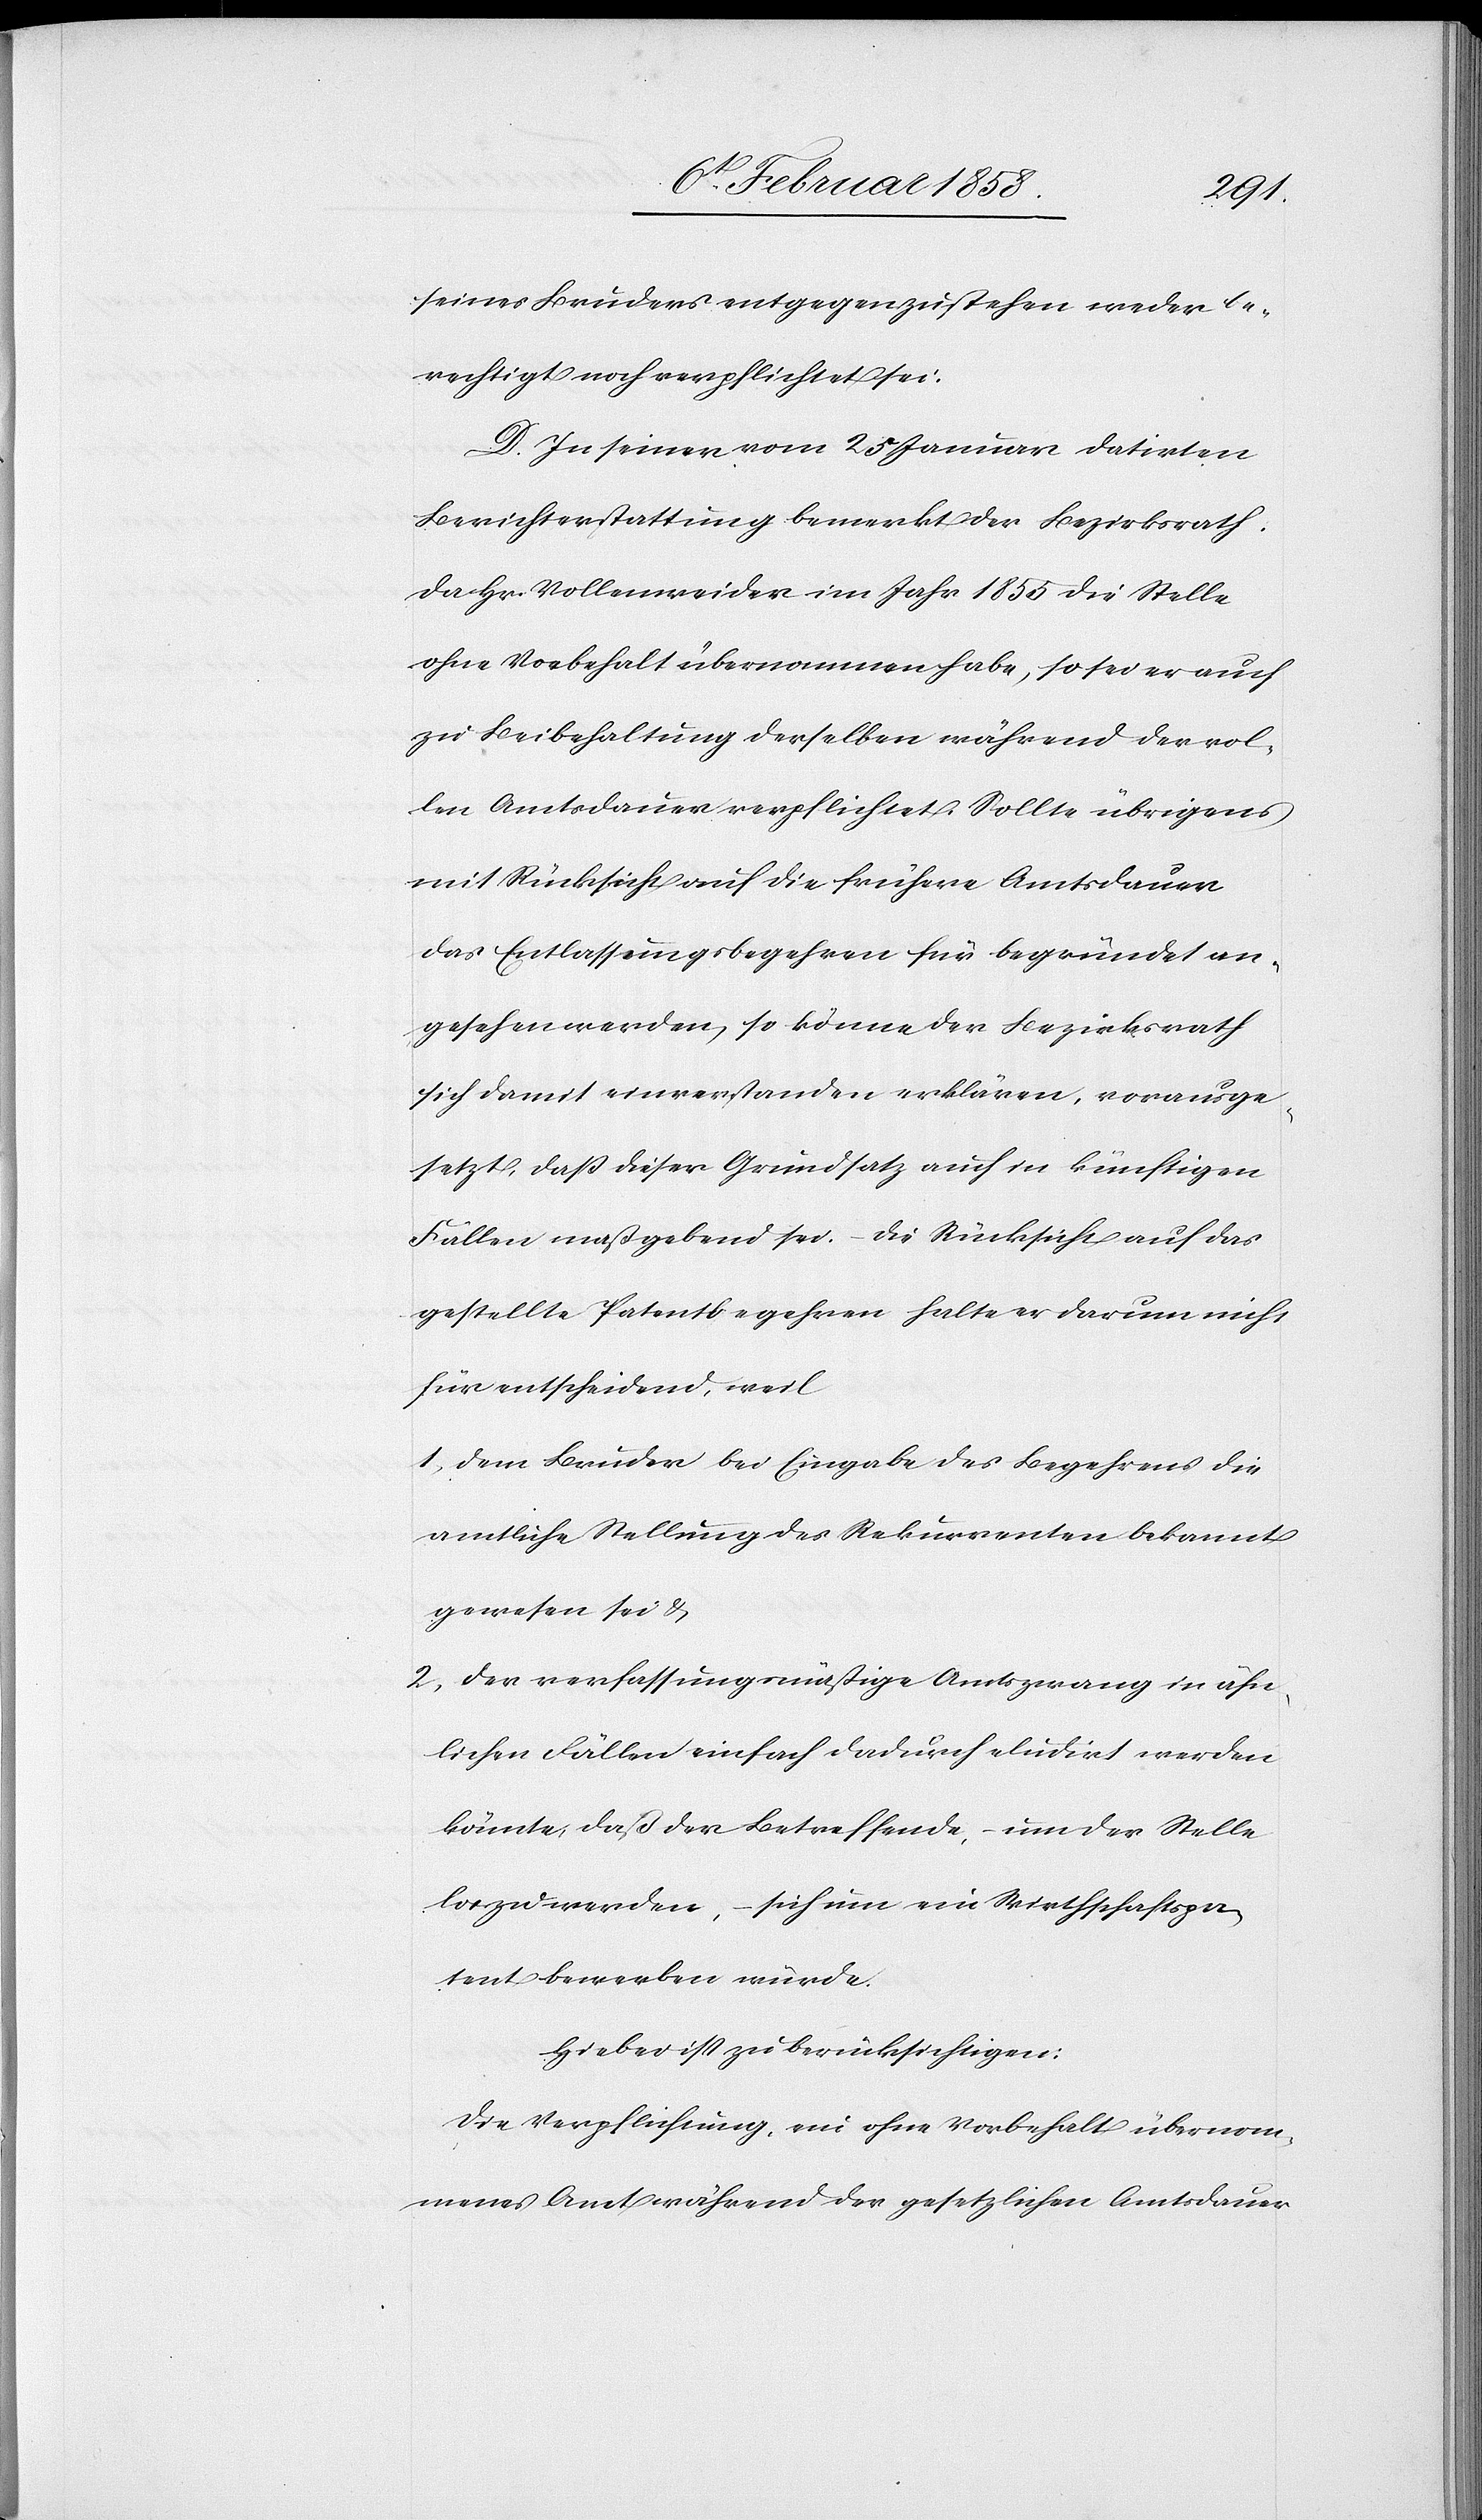
seines Bruders entgegenzustehen weder be¬
rechtigt noch verpflichtet sei.
D. In seiner vom 25 Januar datirten
Berichterstattung bemerkt der Bezirksrath:
Da Hr. Vollenweider im Jahr 1855 die Stelle
ohne Vorbehalt übernommen habe, so sei er auch
zu Beibehaltung derselben während der vol¬
len Amtsdauer verpflichtet. Sollte übrigens
mit Rücksicht auf die frühere Amtsdauer
das Entlassungsbegehren für begründet an¬
gesehen werden, so könne der Bezirksrath
sich damit einverstanden erklären, vorausge¬
setzt, daß dieser Grundsatz auch in künftigen
Fällen maßgebend sei. Die Rücksicht auf das
gestellte Patentbegehren halte er darum nicht
für entscheidend, weil
1. dem Bruder bei Eingabe des Begehrens die
amtliche Stellung des Rekurrenten bekannt
gewesen sei &
2. der verfassungsmäßige Amtszwang in ähn¬
lichen Fällen einfach dadurch eludirt werden
könnte, daß der Betreffende, um der Stelle
loszuwerden, sich um ein Wirthschaftspa¬
tent bewerben würde.
Hiebei ist zu berücksichtigen:
Die Verpflichtung, ein ohne Vorbehalt übernom¬
menes Amt während der gesetzlichen Amtsdauer